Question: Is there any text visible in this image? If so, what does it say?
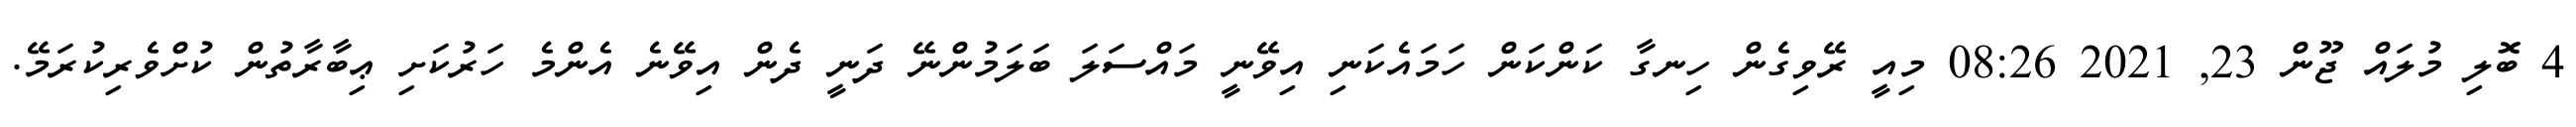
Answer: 4 ބޮލި މުލައް ޖޫން 23, 2021 08:26 މިއީ ރޭވިގެން ހިނގާ ކަންކަން ހަމައެކަނި އިވޭނީ މައްސަލަ ބަލަމުންނޭ ދަނީ ދެން އިވޭނެ އެންމެ ހަރުކަށި ޢިބާރާތުން ކުށްވެރިކުރަމޭ.